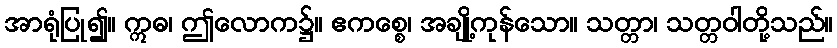
အာရုံပြု၍။ ဣဓ၊ ဤလောက၌။ ဧကစ္စေ၊ အချို့ကုန်သော။ သတ္တာ၊ သတ္တဝါတို့သည်။